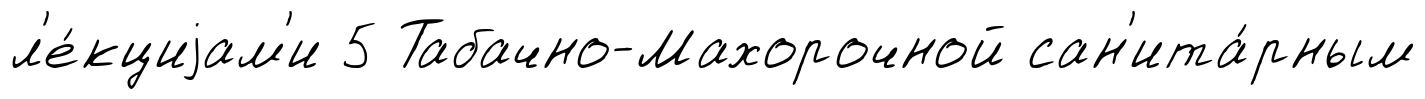
л'е́кциjам'и 5 Табачно-Махорочной сан'ита́рным